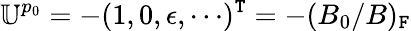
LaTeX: \mathbb{U}^{p_{0}}=-(1,0,\epsilon,\cdots)^{\mathtt{T}}=-(B_{0}/B)_{\mathtt{F}}